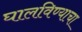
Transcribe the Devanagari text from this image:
घालविण्याचा